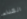
الغذاء